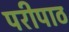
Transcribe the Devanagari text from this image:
परीपाठ